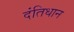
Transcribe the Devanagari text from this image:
दंतिधान